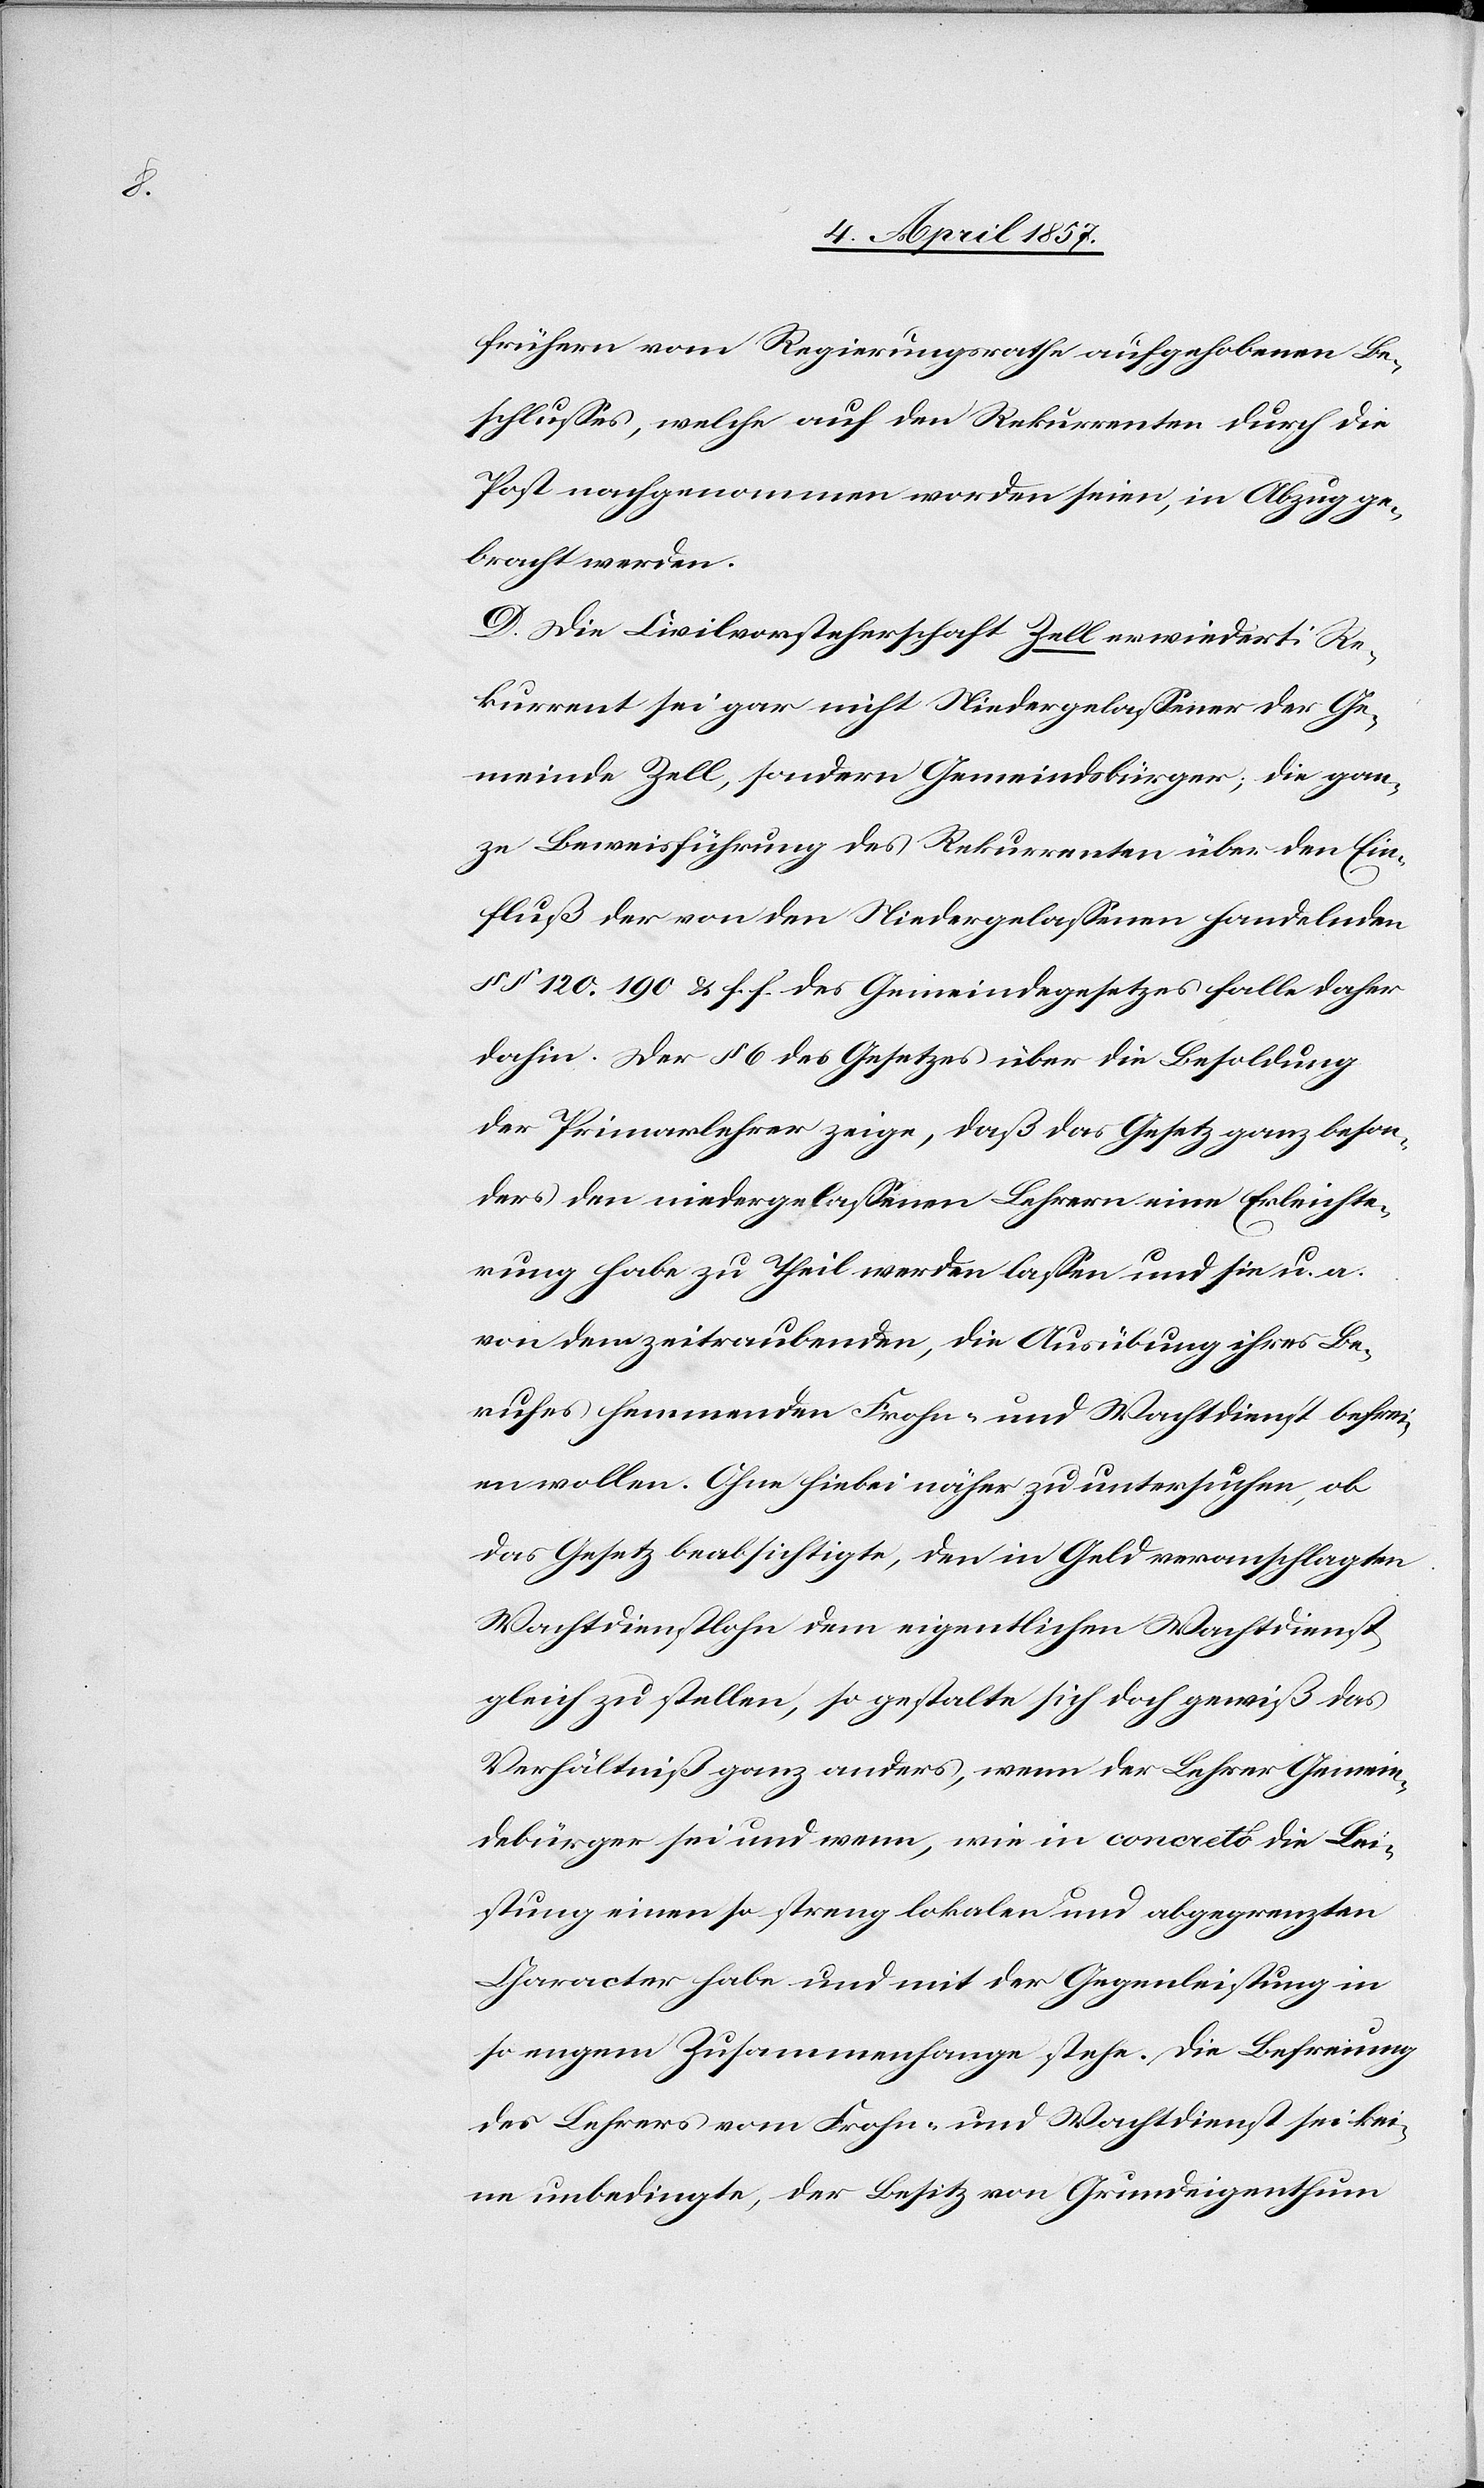
frühern vom Regierungsrathe aufgehobenen Be¬
schlusses, welche auf den Rekurrenten durch die
Post nachgenommen worden seien, in Abzug ge¬
bracht werden.
D. Die Civilvorsteherschaft Zell erwiedert: Re¬
kurrent sei gar nicht Niedergelassener der Ge¬
meinde Zell, sondern Gemeindsbürger; die gan¬
ze Beweisführung des Rekurrenten über den Ein¬
fluß der von den Niedergelassenen handelnden
§§ 120.[,] 190 & f. f. des Gemeindegesetzes falle daher
dahin. Der § 6 des Gesetzes über die Besoldung
der Primarlehrer zeige, daß das Gesetz ganz beson¬
ders den niedergelassenen Lehrern eine Erleichte¬
rung habe zu Theil werden lassen und sie u. a.
von dem zeitraubenden, die Ausübung ihres Be¬
rufes hemmenden Frohn- und Wachtdienst befrei¬
en wollen. Ohne hiebei näher zu untersuchen, ob
das Gesetz beabsichtigte, den in Geld veranschlagten
Wachtdienstlohn dem eigentlichen Wachtdienst
gleich zu stellen, so gestalte sich doch gewiß das
Verhältniß ganz anders, wenn der Lehrer Gemein¬
debürger sei und wenn, wie in concreto die Lei¬
stung einen so streng lokalen und abgegrenzten
Character habe und mit der Gegenleistung in
so engem Zusammenhange stehe. Die Befreiung
des Lehrers vom Frohn- und Wachtdienst sei kei¬
ne unbedingte, der Besitz von Grundeigenthum